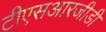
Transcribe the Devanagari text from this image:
टीएसआरजीडी